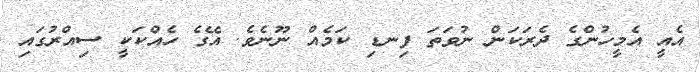
އެއީ އެމީހުންގެ ދެރަކަން ނުވަތަ ފިނޑި ކަމެއް ނޫނެވެ. އޭގެ ހެއްކަކީ ސިއްރުގައި